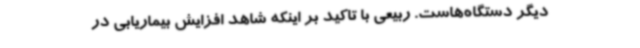
دیگر دستگاه‌هاست. ربیعی با تاکید بر اینکه شاهد افزایش بیماریابی در